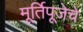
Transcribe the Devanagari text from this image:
मूर्तिपूजेचे